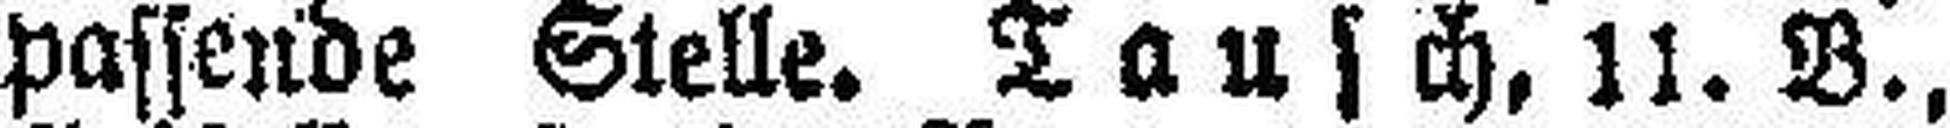
passende Stelle. Tausch, 11. B.,